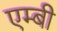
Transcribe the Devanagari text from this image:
एम्बी